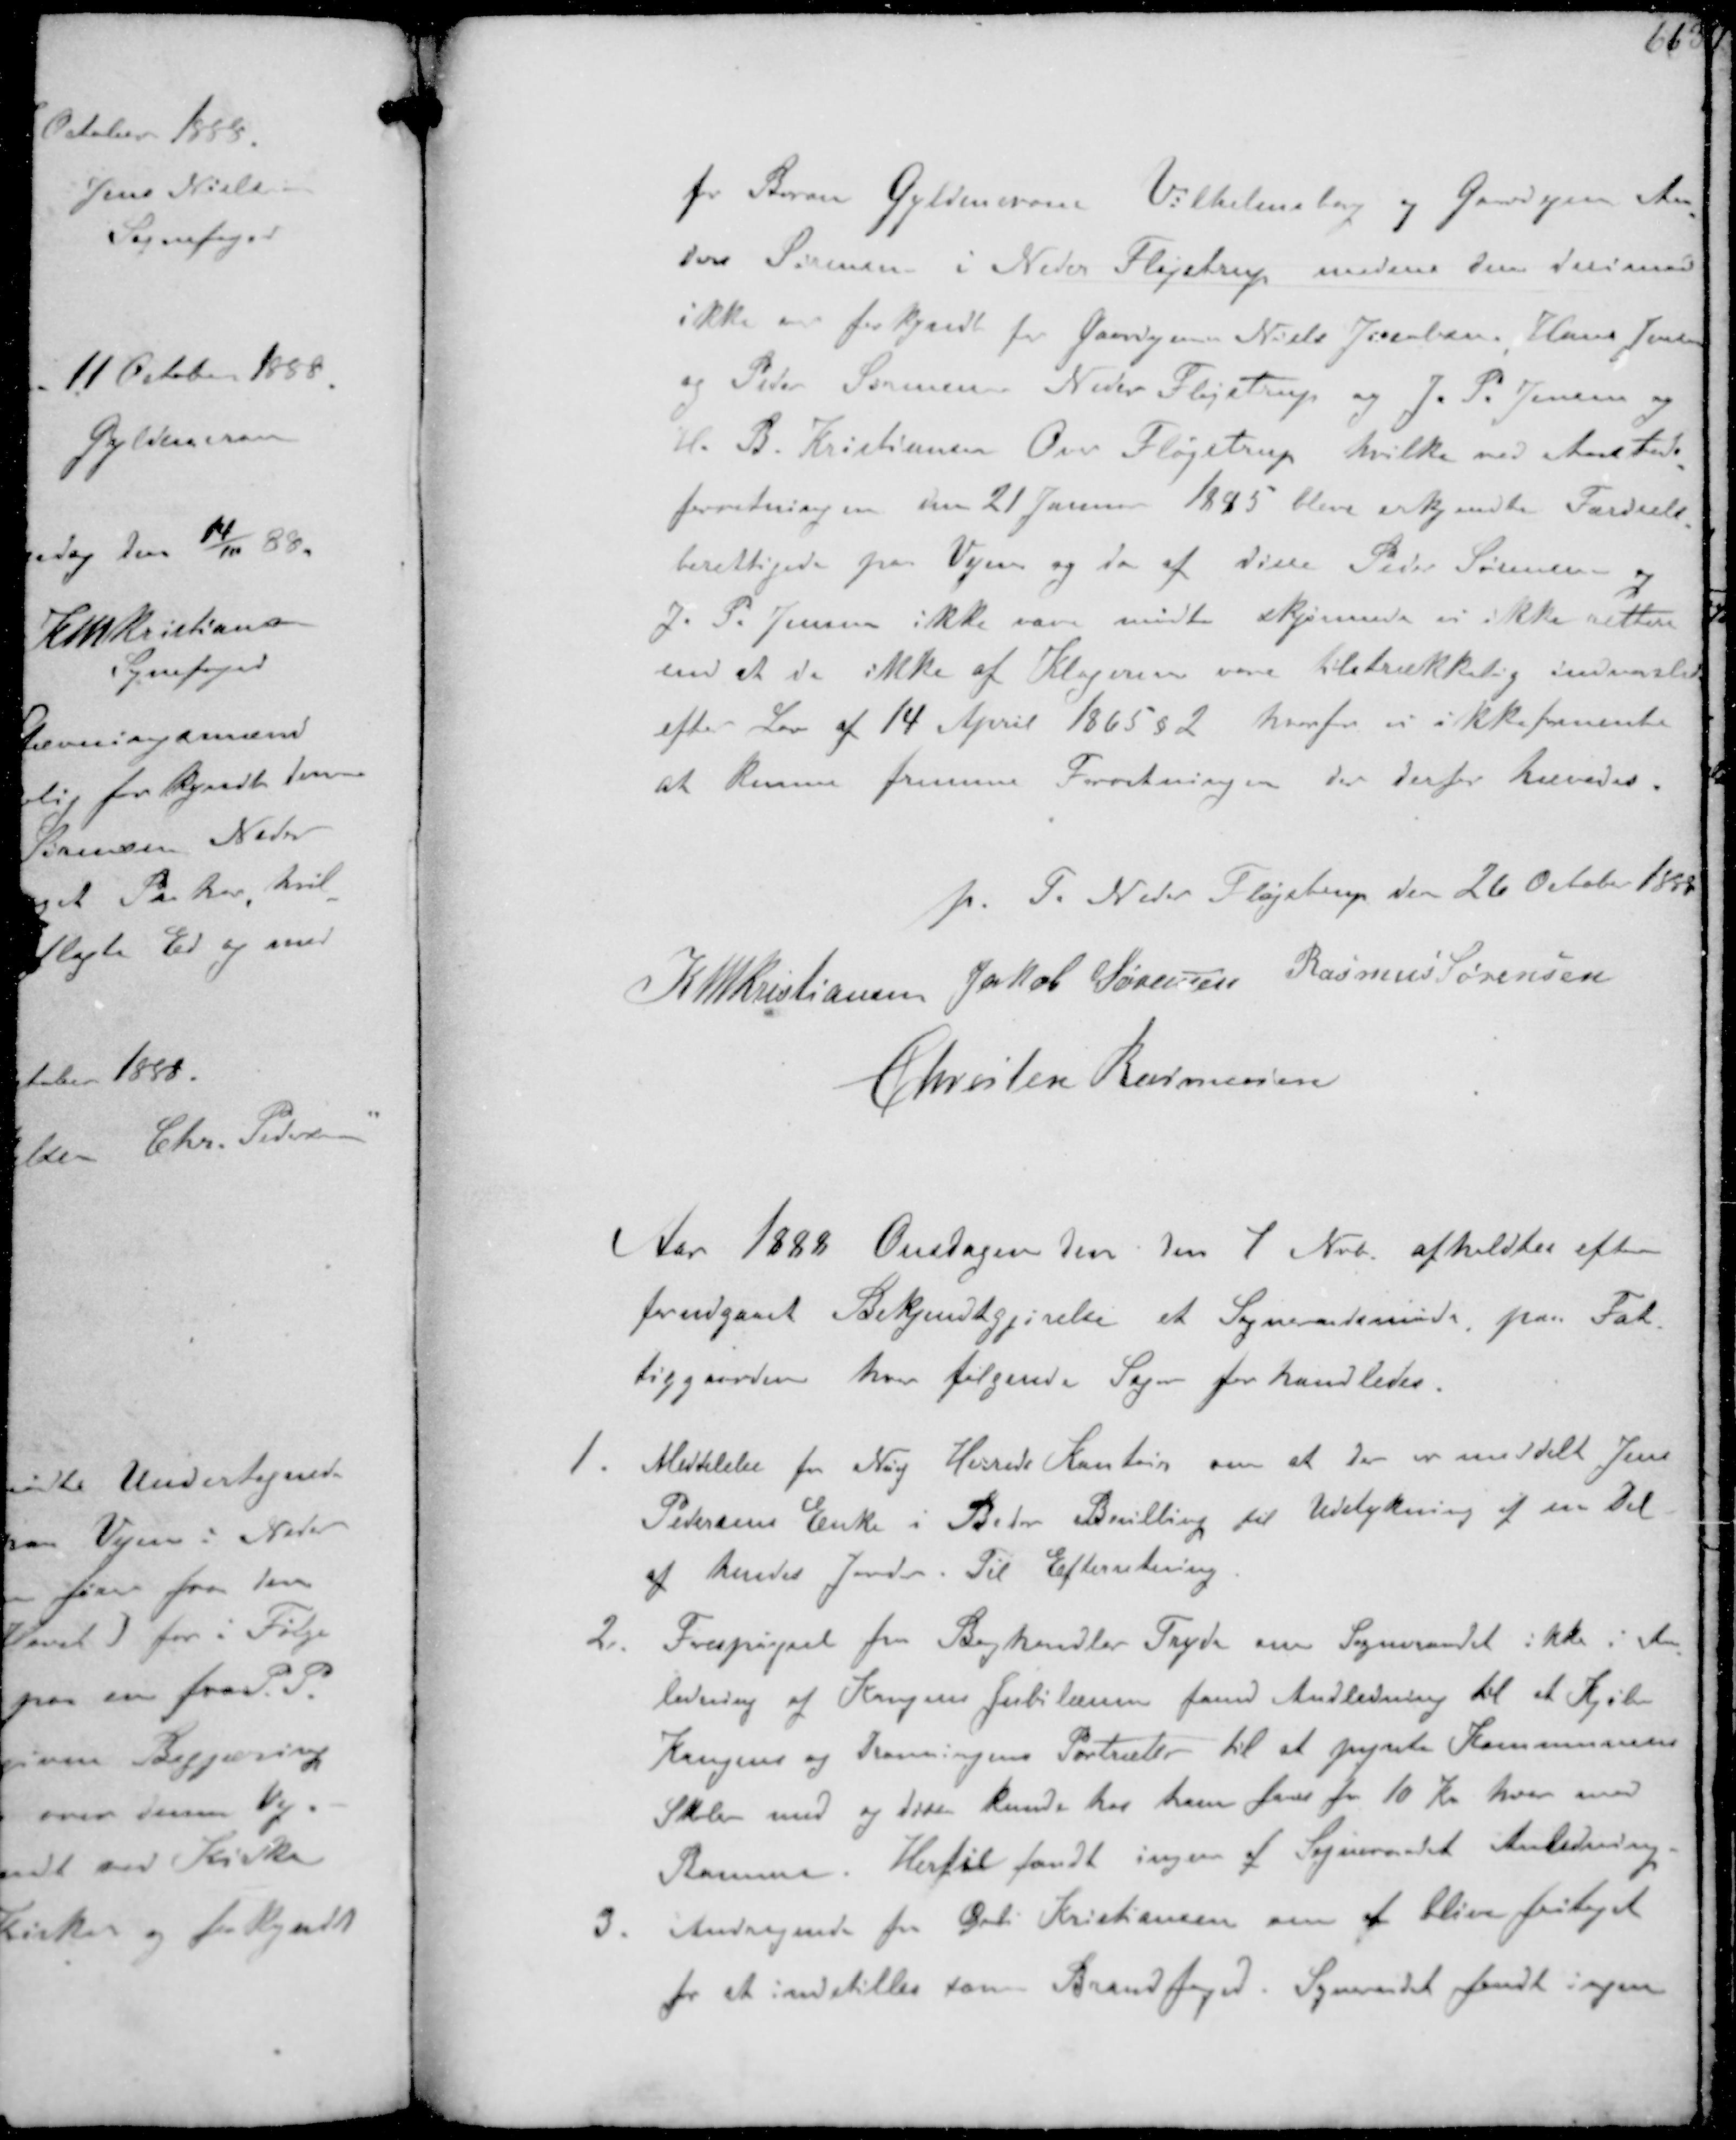
Transskription:
for Baron Gyldencrone Vilhelmsborg og Gaardejer An-
ders Sørensen i Neder Fløjstrup medens den derimod
ikke er forkjyndt for Gaardejerne Niels Jacobsen, Hans Jensen
og Peter Sørensen Neder Fløjstrup og J. P. Jensen og
H. B. Kristiansen Over Fløjstrup, hvilke ved Aasteds-
forretningen den 21 Januar 1885 blev erkjendte Færdsels-
berettigede paa Vejen og da af disse Peder Sørensen og
J. P. Jensen ikke vare mødte skjønnede vi ikke rettere
end at de ikke af Klageren vare tilstrækkelig indvarslede
efter Lov af 14 April 1865 §2 hvorfor vi ikke formente
at kunne fremme Forretningen der derfor hævedes.

p T Neter Fløjstrup den 26 October 1888

K N M Christiansen Jakob Sørensen Rasmus Sørensen

Christen Rasmussen

Aar 1883 Onsdagen den den 1 Nvb. afholdtes efter
forudgaaet Bekjendtgørelse et Sogneraadsmøde paa Fat-
tilgaarden hvor følgende Sager for handledes
1. Meddelelse fra Ning Herreds Kontor om at der er meddelt Jens
Pedersens Enke i Beder Bevilling til Udstykning af en Del
af hendes Jord. Til Efterretning
2. Forespørgsel fra Boghandler Fogde om Sogneraadet ikke i An-
ledning af Kongens Jubilæum fandt Anledning til at kjøbe
Kongens og Dronningens Portræter til at pynte Kommunens
Skoler med og disse kunde hos ham faas for 10 Kr hver med
Ramme. Hertil fandt ingen af Sogneraadet Anledning
3. Andragende fra Gdr. Kristiansen om at blive fritaget
for et indstilles som Brandfoged. Sogneraadet fandt ingen